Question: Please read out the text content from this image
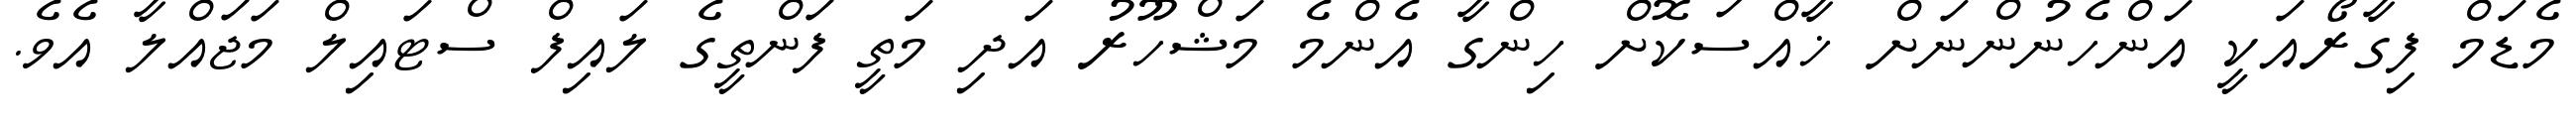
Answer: މެޑަމް ފިގާރޯއަކީ އަންހެނުންނަށް ޚާއްސަކޮށް ހިންގާ އެންމެ މަޝްހޫރު އަދި މަތީ ފަންތީގެ ލައިފް ސްޓައިލް މަޖައްލާ އެވެ.